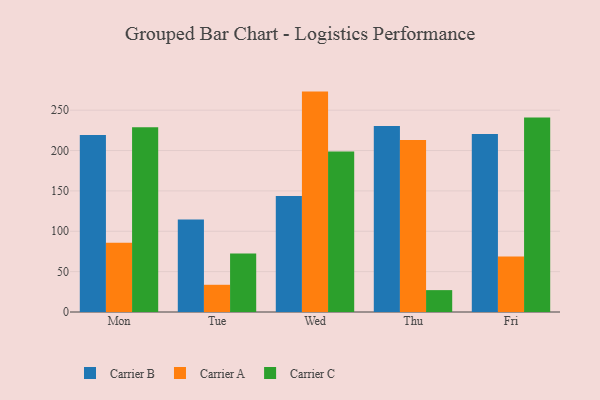
{"axis": {"x": "Day", "y": "Market Share (%)"}, "legend": ["Carrier A", "Carrier B", "Carrier C"], "data": [{"x": "Mon", "y": 219.1, "type": "Carrier B"}, {"x": "Mon", "y": 85.7, "type": "Carrier A"}, {"x": "Mon", "y": 228.9, "type": "Carrier C"}, {"x": "Tue", "y": 114.5, "type": "Carrier B"}, {"x": "Tue", "y": 33.7, "type": "Carrier A"}, {"x": "Tue", "y": 72.4, "type": "Carrier C"}, {"x": "Wed", "y": 143.8, "type": "Carrier B"}, {"x": "Wed", "y": 273.0, "type": "Carrier A"}, {"x": "Wed", "y": 198.9, "type": "Carrier C"}, {"x": "Thu", "y": 230.5, "type": "Carrier B"}, {"x": "Thu", "y": 213.0, "type": "Carrier A"}, {"x": "Thu", "y": 27.1, "type": "Carrier C"}, {"x": "Fri", "y": 220.4, "type": "Carrier B"}, {"x": "Fri", "y": 68.6, "type": "Carrier A"}, {"x": "Fri", "y": 240.8, "type": "Carrier C"}]}